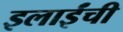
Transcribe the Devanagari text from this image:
इलाईंची